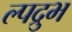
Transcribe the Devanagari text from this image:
ल्पद्रुभ